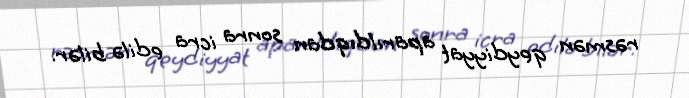
rəsmən qeydiyyat aparıldıqdan sonra icra edilə bilər.